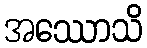
အဿောသိ